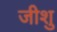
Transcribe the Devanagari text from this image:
जीशु